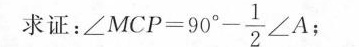
求证： $$∠ M C P = 9 0 ° - \frac { 1 } { 2 } ∠ A$$；